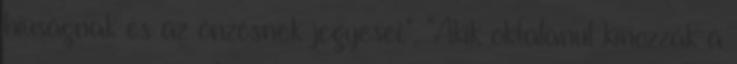
hiúságnak és az önzésnek jegyesei.", "Akik oktalanul kínozzák a